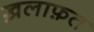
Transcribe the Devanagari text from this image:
ख़लाफ़त